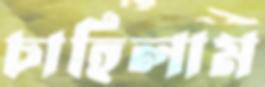
চাহিলাম